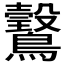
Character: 𱈿